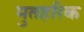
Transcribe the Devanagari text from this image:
मुतहरिक